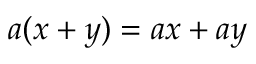
a ( x + y ) = a x + a y